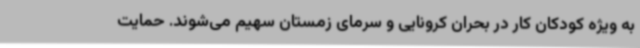
به ویژه کودکان کار در بحران کرونایی و سرمای زمستان سهیم می‌شوند. حمایت